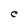
Character: C